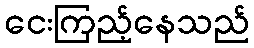
ငေးကြည့်နေသည်